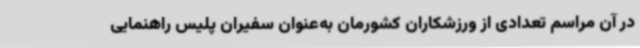
در آن مراسم تعدادی از ورزشکاران کشورمان به‌عنوان سفیران پلیس راهنمایی